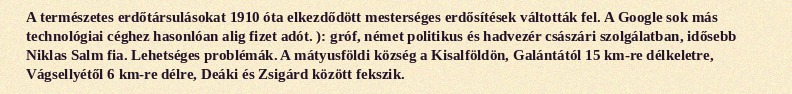
A természetes erdőtársulásokat 1910 óta elkezdődött mesterséges erdősítések váltották fel. A Google sok más technológiai céghez hasonlóan alig fizet adót. ): gróf, német politikus és hadvezér császári szolgálatban, idősebb Niklas Salm fia. Lehetséges problémák. A mátyusföldi község a Kisalföldön, Galántától 15 km-re délkeletre, Vágsellyétől 6 km-re délre, Deáki és Zsigárd között fekszik.